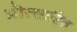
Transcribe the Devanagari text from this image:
प्रॊत्साहित